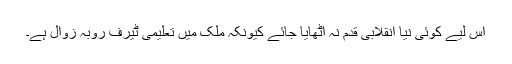
اس لیے کوئی نیا انقلابی قدم نہ اٹھایا جائے کیونکہ ملک میں تعلیمی ٹیرف روبہ زوال ہے۔